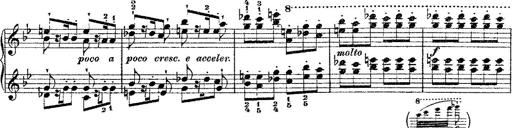
Title: Fantaisie romantique sur deux mÃ©lodies suisses
Composer: Franz Liszt